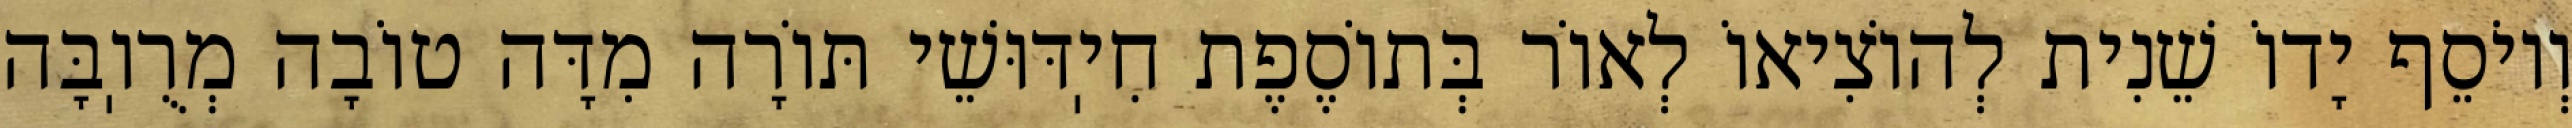
וְיוֹסֵף יָדוֹ שֵׁנִית לְהוֹצִיאוֹ לְאוֹר בְּתוֹסֶפֶת חִיֽדּוּשֵׁי תּוֹרָה מִדָּה טוֹבָה מְרֻוֽבָּה